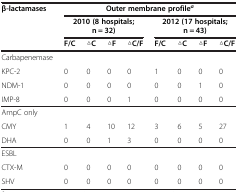
<table><thead><tr><td><b>β-lactamases</b></td><td colspan="8"><b>Outer membrane profile<sup><i>a</i></sup></b></td></tr><tr><td><b> </b></td><td colspan="4"><b>2010 (8 hospitals; n = 32)</b></td><td colspan="4"><b>2012 (17 hospitals; n = 43)</b></td></tr><tr><td><b> </b></td><td><b>F/C</b></td><td><b>△C</b></td><td><b>△F</b></td><td><b>△C/F</b></td><td><b>F/C</b></td><td><b>△C</b></td><td><b>△F</b></td><td><b>△C/F</b></td></tr></thead><tbody><tr><td>Carbapenemase</td><td> </td><td> </td><td> </td><td> </td><td> </td><td> </td><td> </td><td> </td></tr><tr><td>KPC-2</td><td>0</td><td>0</td><td>0</td><td>0</td><td>1</td><td>0</td><td>0</td><td>0</td></tr><tr><td>NDM-1</td><td>0</td><td>0</td><td>0</td><td>0</td><td>0</td><td>0</td><td>1</td><td>0</td></tr><tr><td>IMP-8</td><td>0</td><td>0</td><td>0</td><td>1</td><td>0</td><td>0</td><td>0</td><td>0</td></tr><tr><td>AmpC only</td><td> </td><td> </td><td> </td><td> </td><td> </td><td> </td><td> </td><td> </td></tr><tr><td>CMY</td><td>1</td><td>4</td><td>10</td><td>12</td><td>3</td><td>6</td><td>5</td><td>27</td></tr><tr><td>DHA</td><td>0</td><td>0</td><td>1</td><td>3</td><td>0</td><td>0</td><td>0</td><td>0</td></tr><tr><td>ESBL</td><td> </td><td> </td><td> </td><td> </td><td> </td><td> </td><td> </td><td> </td></tr><tr><td>CTX-M</td><td>0</td><td>0</td><td>0</td><td>0</td><td>0</td><td>0</td><td>0</td><td>0</td></tr><tr><td>SHV</td><td>0</td><td>0</td><td>0</td><td>0</td><td>0</td><td>0</td><td>0</td><td>0</td></tr></tbody></table>